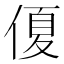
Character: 𠌘